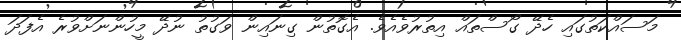
މަސައްކަތުގައި ހެދޭ ގޯސްތައް އިތުރުވެއެވެ. އެގޮތުން ގިނައިން ވަގުތު ނުދޭ މީހުންނަށްވުރެ އެފަދަ